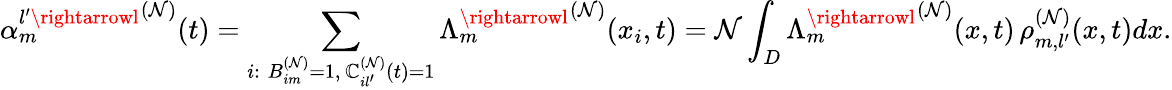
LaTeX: {\alpha_{m}^{l^{\prime}\rightarrowl}}^{(\mathcal{N})}(t)=\sum_{\substack{i:\; B_{im}^{(\mathcal{N})}=1,\, \mathbb{C}_{il^{\prime}}^{(\mathcal{N})}(t)=1}}{\Lambda_{m}^{\rightarrowl}}^{(\mathcal{N})}(x_{i},t)=\mathcal{N}\int_{D}{\Lambda_{m}^{\rightarrowl}}^{(\mathcal{N})}(x,t)\, \rho_{m,l^{\prime}}^{(\mathcal{N})}(x,t)dx.